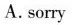
A.sorry